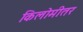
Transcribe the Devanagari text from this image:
किलोमीतर